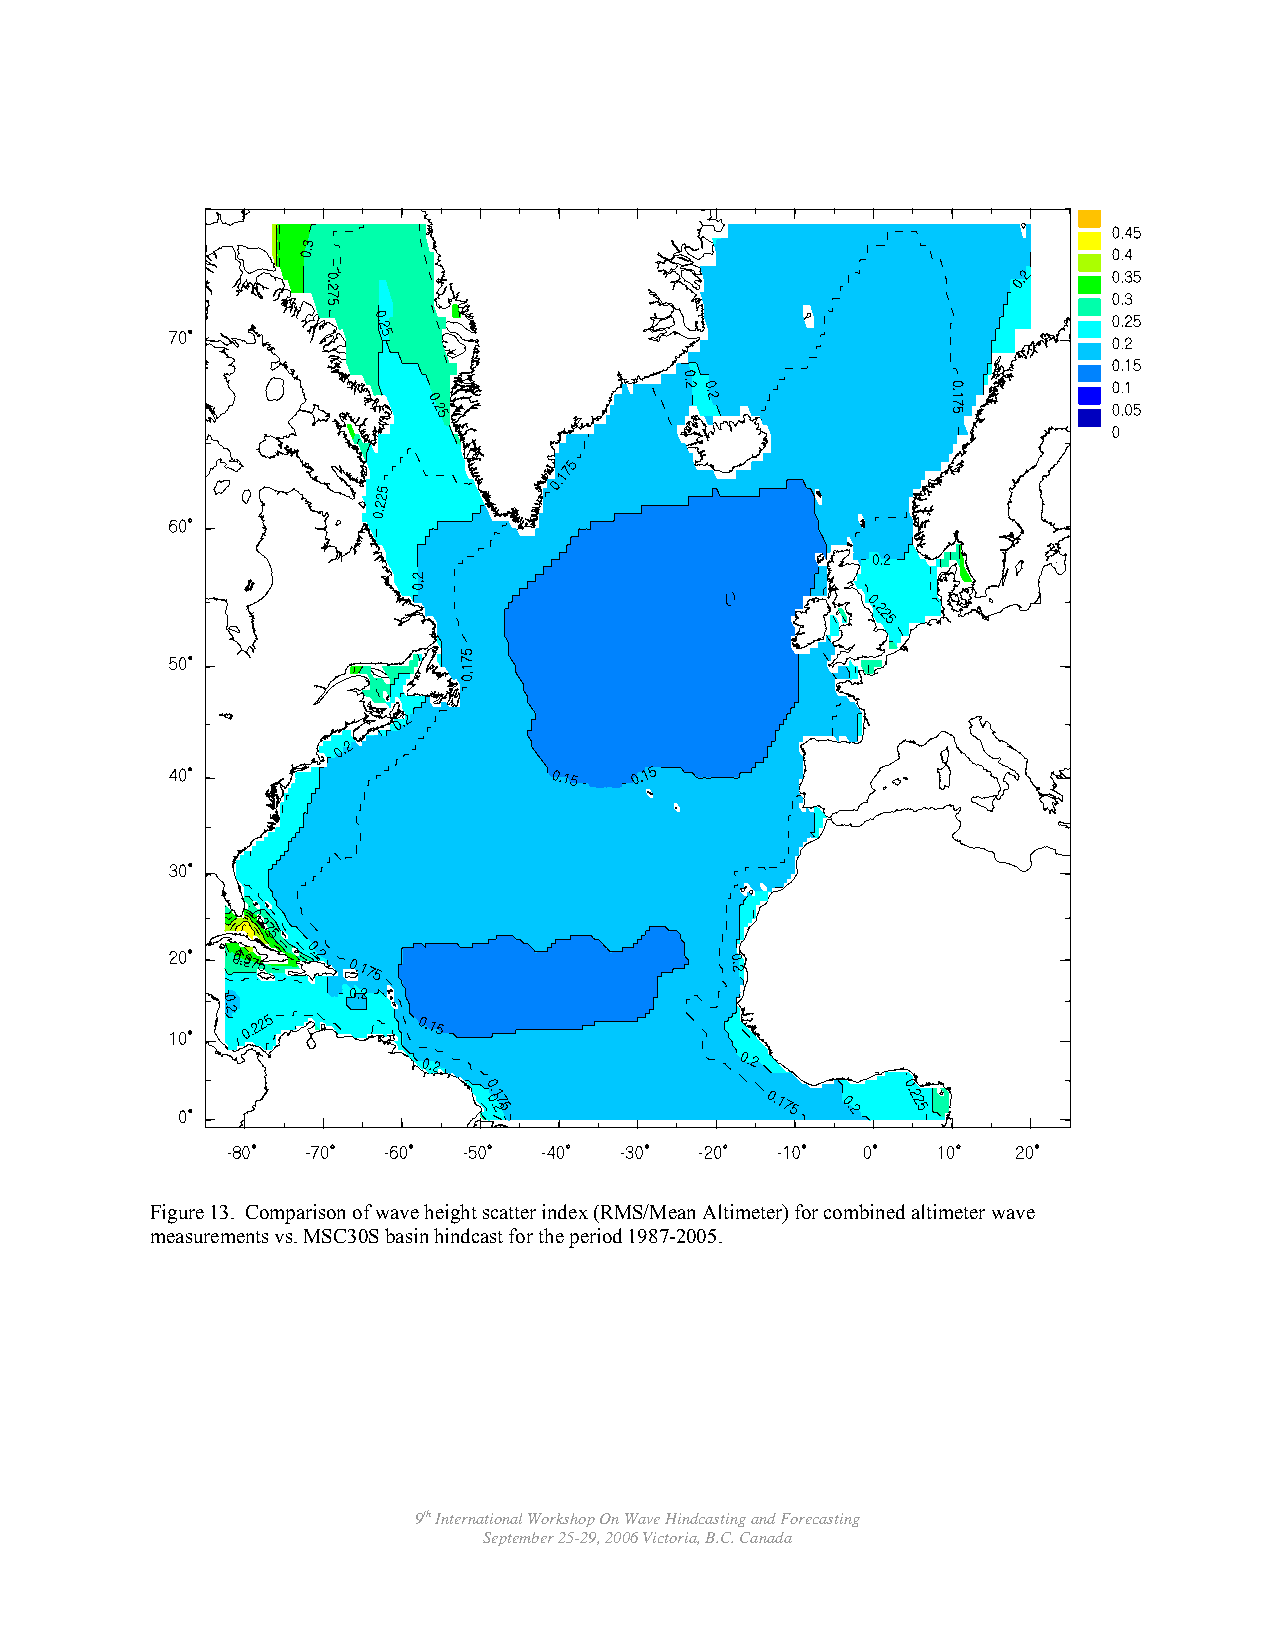
Figure 13. Comparison of wave height scatter index (RMS/Mean Altimeter) for combined altimeter wave
 measurements vs. MSC30S basin hindcast for the period 1987-2005.
 9th International Workshop On Wave Hindcasting and Forecasting
 September 25-29, 2006 Victoria, B.C. Canada